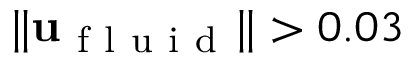
\| \mathbf { u } _ { \mathrm { ~ f ~ l ~ u ~ i ~ d ~ } } \| > 0 . 0 3